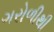
ગરોળીથી